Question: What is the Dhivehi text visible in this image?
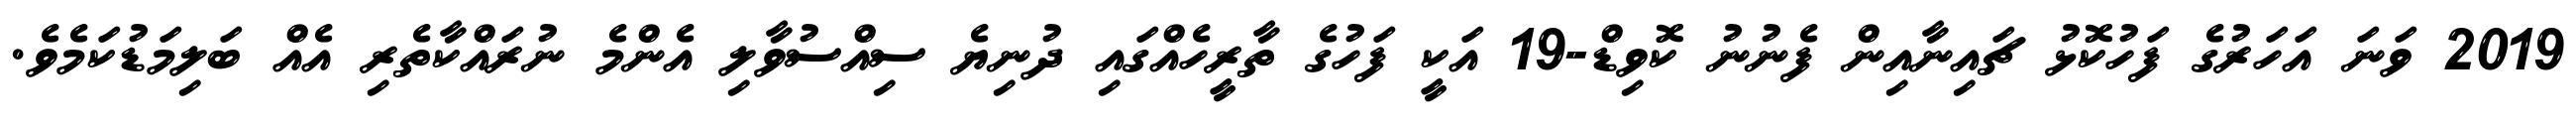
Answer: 2019 ވަނަ އަހަރުގެ ފަހުކޮޅު ޗައިނާއިން ފެނުނު ކޮވިޑް-19 އަކީ ފަހުގެ ތާރީހެއްގައި ދުނިޔެ ސިއްސުވާލި އެންމެ ނުރައްކާތެރި އެއް ބަލިމަޑުކަމެވެ.